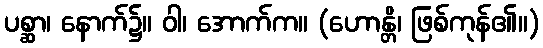
ပစ္ဆာ၊ နောက်၌။ ဝါ၊ အောက်က။ (ဟောန္တိ၊ ဖြစ်ကုန်၏။)